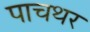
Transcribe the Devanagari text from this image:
पाचथर